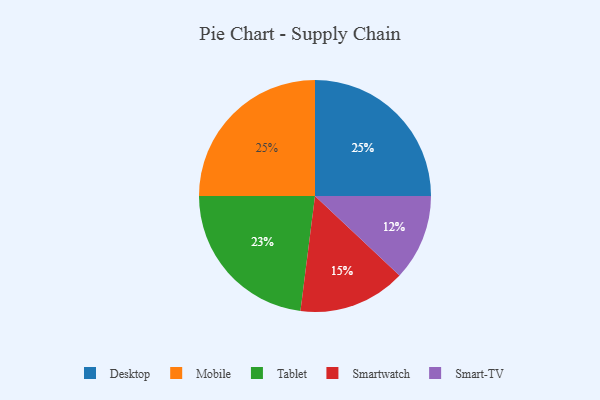
{"axis": {"x": "Category", "y": "Percentage"}, "legend": ["Desktop", "Mobile", "Smart-TV", "Smartwatch", "Tablet"], "data": [{"x": "Desktop", "y": 25, "type": "Desktop"}, {"x": "Mobile", "y": 25, "type": "Mobile"}, {"x": "Tablet", "y": 23, "type": "Tablet"}, {"x": "Smartwatch", "y": 15, "type": "Smartwatch"}, {"x": "Smart-TV", "y": 12, "type": "Smart-TV"}]}